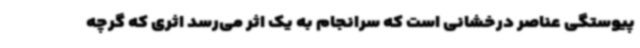
پیوستگی عناصر درخشانی است که سرانجام به یک اثر می‌رسد اثری که گرچه